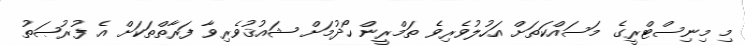
މި މިނިސްޓްރީގެ މަސައްކަތަށް އަހުލުވެރިވެ ތަމްރީން ހޯދުމަށް ޝައުޤުވެރިވާ ފަރާތްތަކަށް އެ ފުރުޞަތު